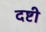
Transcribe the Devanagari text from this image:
दष्टी